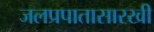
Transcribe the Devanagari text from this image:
जलप्रपातासारखी